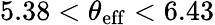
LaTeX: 5.38<\theta_{\mathrm{eff}}<6.43